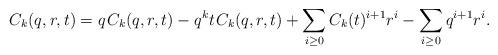
LaTeX: \begin{align*}C_k(q,r,t) = q \kern+1pt C_k(q,r,t) - q^k t \kern+1pt C_k(q,r,t) + \sum_{i \geq 0} C_k(t)^{i+1} r^i - \sum_{i \geq 0} q^{i+1} r^i.\end{align*}